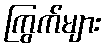
ကြွက်များ